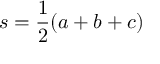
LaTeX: s = { \frac { 1 } { 2 } } ( a + b + c )